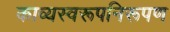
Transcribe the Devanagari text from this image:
काव्यस्वरूपनिरूपण